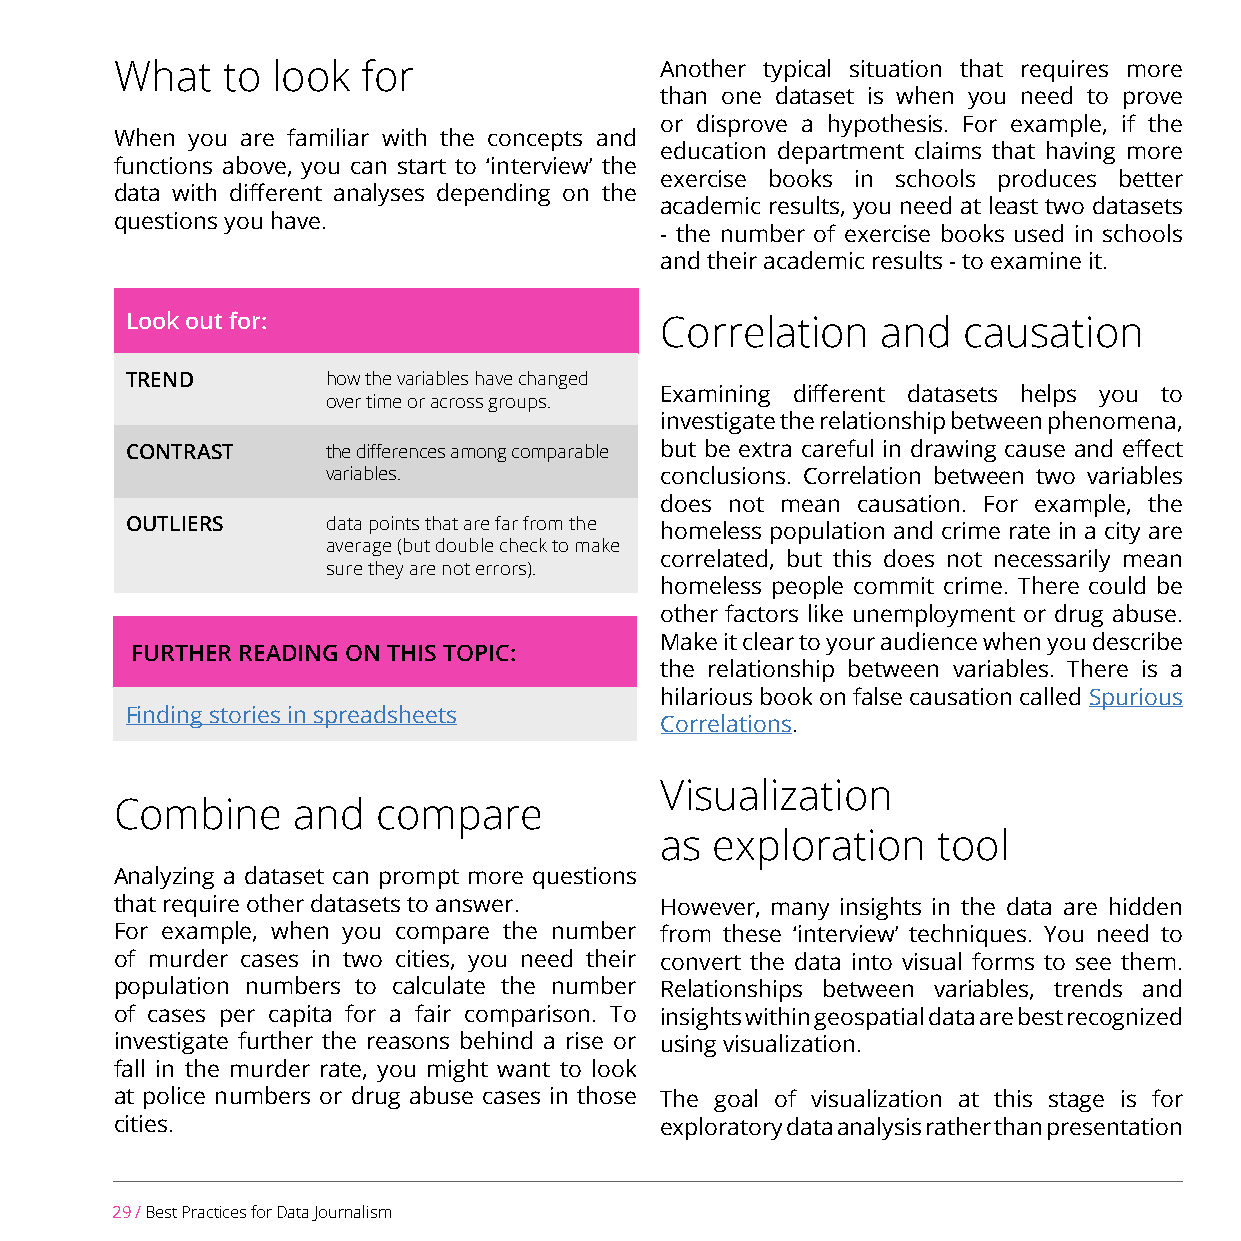
What   to look  for                 Another typical situation that requires more
 than one dataset is when you need to prove
 or disprove a hypothesis. For example, if the
 When you are familiar with the concepts and
 education department claims that having more
 functions above, you can start to ‘interview’ the
 exercise books in schools produces better
 data with different analyses depending on the
 academic results, you need at least two datasets
 questions you have.
 - the number of exercise books used in schools
 and their academic results - to examine it.
 Look out for:                       Correlation   and   causation
 TREND         how the variables have changed
 Examining different datasets helps you to
 over time or across groups.
 investigate the relationship between phenomena,
 CONTRAST      the differences among comparable but be extra careful in drawing cause and effect
 variables.            conclusions. Correlation between two variables
 does not mean causation. For example, the
 OUTLIERS      data points that are far from the homeless population and crime rate in a city are
 average (but double check to make
 correlated, but this does not necessarily mean
 sure they are not errors).
 homeless people commit crime. There could be
 other factors like unemployment or drug abuse.
 Make it clear to your audience when you describe
 FURTHER READING ON THIS TOPIC:
 the relationship between variables. There is a
 hilarious book on false causation called Spurious
 Finding stories in spreadsheets
 Correlations.
 Visualization
 Combine    and   compare
 as exploration    tool
 Analyzing a dataset can prompt more questions
 that require other datasets to answer. However, many insights in the data are hidden
 For example, when you compare the number from these ‘interview’ techniques. You need to
 of murder cases in two cities, you need their convert the data into visual forms to see them.
 population numbers to calculate the number Relationships between variables, trends and
 of cases per capita for a fair comparison. To insights within geospatial data are best recognized
 investigate further the reasons behind a rise or using visualization.
 fall in the murder rate, you might want to look
 at police numbers or drug abuse cases in those The goal of visualization at this stage is for
 cities.                             exploratory data analysis rather than presentation
 29 / Best Practices for Data Journalism